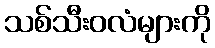
သစ်သီးဝလံများကို